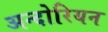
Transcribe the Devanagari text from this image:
अन्दोरियन